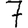
Digit: 7